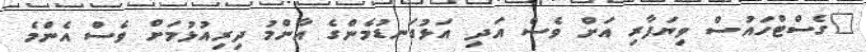
"ގެސްޓްހައުސް ވިޔަފާރި އަށް ވެސް އަދި އަޅުގަނޑުމެންގެ އާންމު ދިރިއުޅުމަށް ވެސް އެންމެ